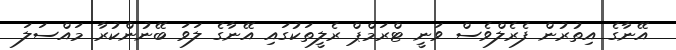
އޭނާގެ އިތުރުން ފެރެލްވެސް ވަނީ ޓްރަމްޕް ރެލީތަކުގައި އޭނާގެ ލަވަ ބޭނުންކުރާ މައްސަލަ